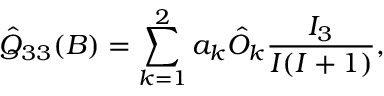
\hat { Q } _ { 3 3 } ( B ) = \sum _ { k = 1 } ^ { 2 } a _ { k } \hat { \cal O } _ { k } \frac { I _ { 3 } } { I ( I + 1 ) } ,